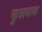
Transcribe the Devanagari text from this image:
फुलवावा